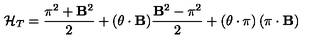
{ \cal H } _ { T } = \frac { { \bf \pi } ^ { 2 } + { \bf B } ^ { 2 } } { 2 } + ( { \bf \theta } \cdot { \bf B } ) \frac { { \bf B } ^ { 2 } - { \bf \pi } ^ { 2 } } { 2 } + \left( { \bf \theta } \cdot { \bf \pi } \right) \left( { \bf \pi } \cdot { \bf B } \right)